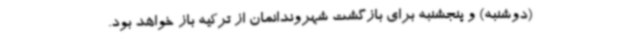
(دوشنبه) و پنجشنبه برای بازگشت شهروندانمان از ترکیه باز خواهد بود.